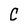
Character: C